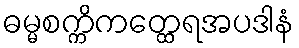
ဓမ္မစက္ကိကတ္ထေရအပဒါနံ